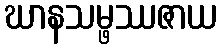
ဃာနသမ္ဖဿဇာယ